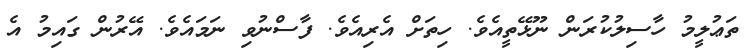
ތަޢުލީމު ހާސިލުކުރަން ނޫޅޭތީއެވެ. ހިތަށް އެރިއެވެ. ފާސްނުވި ނަމައެވެ. އޭރުން ގައިމު އެ